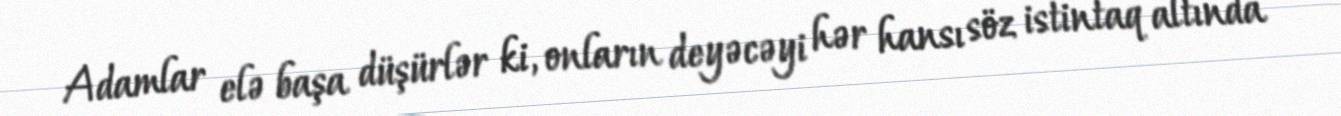
Adamlar elə başa düşürlər ki, onların deyəcəyi hər hansı söz istintaq altında